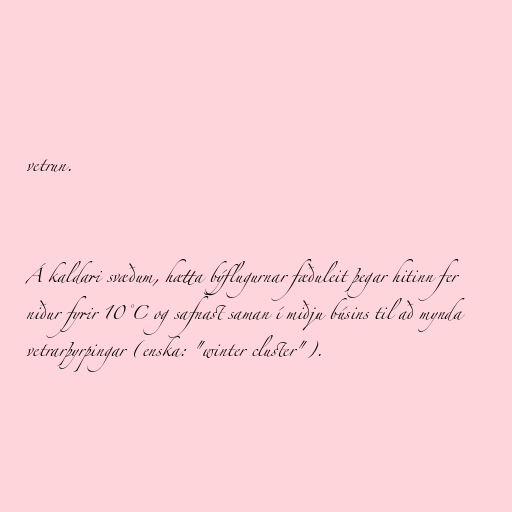
vetrun.

Á kaldari svæðum, hætta býflugurnar fæðuleit þegar hitinn fer
niður fyrir 10°C og safnast saman í miðju búsins til að mynda
vetrarþyrpingar (enska: "winter cluster").